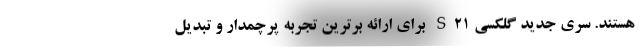
هستند. سری جدید گلکسی S21 برای ارائه برترین تجربه پرچمدار و تبدیل